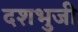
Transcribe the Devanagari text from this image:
दशभुजी